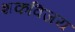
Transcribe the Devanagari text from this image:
शकविजय